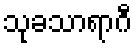
သုခသာရာဂီ